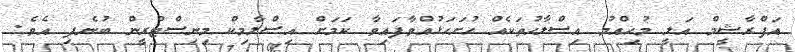
އަފްެރާޝީމް އަލީ މުހިއްމު އިސްލާހުތަކެއް ހުށަހަޅުއްވާފައިވާ ކަމަށް އިސްލާމިކް މިނިސްޓްރީން ބުނެފި އެވެ.